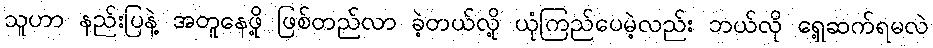
သူဟာ နည်းပြနဲ့ အတူနေဖို့ ဖြစ်တည်လာ ခဲ့တယ်လို့ ယုံကြည်ပေမဲ့လည်း ဘယ်လို ရှေ့ဆက်ရမလဲ